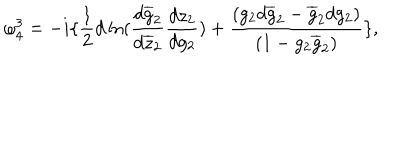
\omega _ { 4 } ^ { 3 } = - i \{ \frac { 1 } { 2 } d \ln ( \frac { d \overline { { { g } } } _ { 2 } } { d \overline { { { z } } } _ { 2 } } \frac { d z _ { 2 } } { d g _ { 2 } } ) + \frac { ( g _ { 2 } d \overline { { { g } } } _ { 2 } - \overline { { { g } } } _ { 2 } d g _ { 2 } ) } { ( 1 - g _ { 2 } \overline { { { g } } } _ { 2 } ) } \} ,